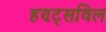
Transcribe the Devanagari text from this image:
हण्ट्सविल